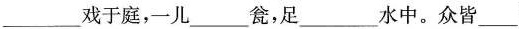
___戏于庭，一儿___瓮，足___水中。众皆___